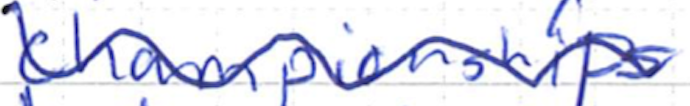
Text: championships
Cross-out: wave
Writing tool: ballpoint